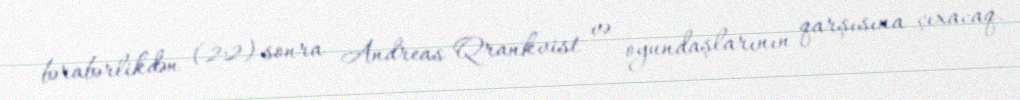
bərabərlikdən (2:2) sonra Andreas Qrankvist və oyundaşlarının qarşısına çıxacaq.